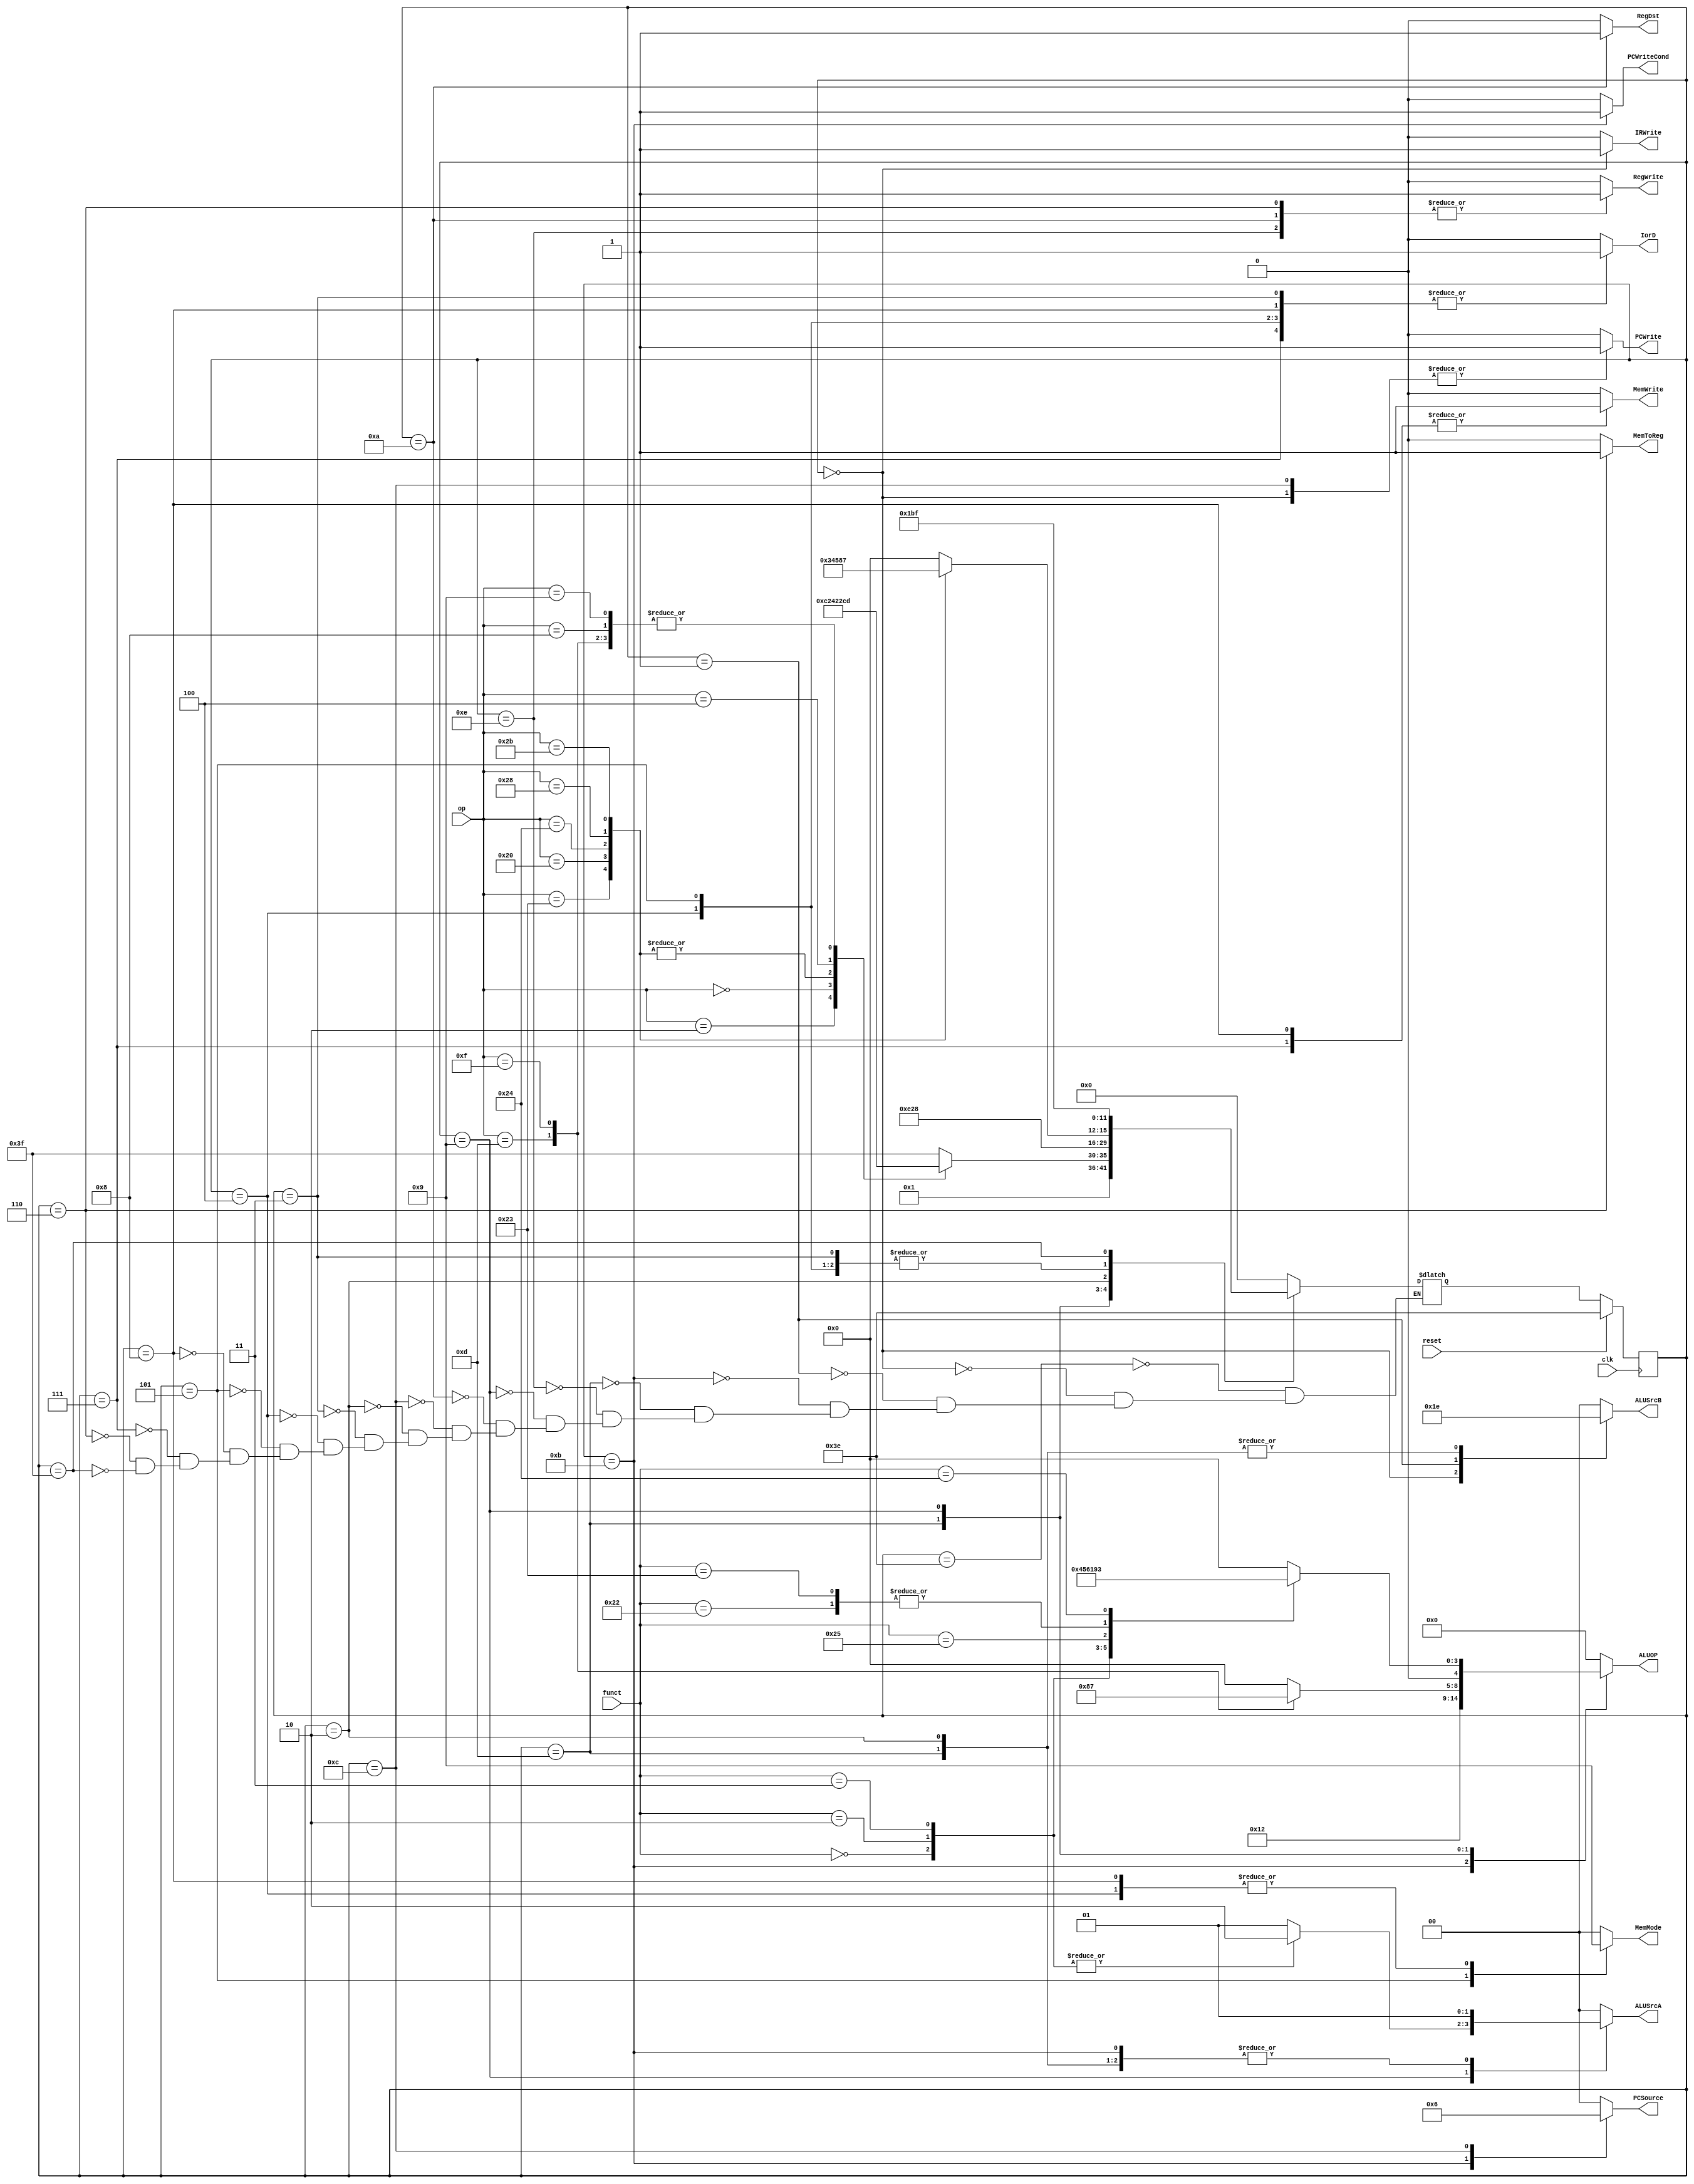
module controller (
    input clk, reset,
    // ========= Data from Datapath =========
    input [5      : 0] op,
    input [5      : 0] funct,
    // ========= Signal to Memory =========
    output reg [0 : 0] MemWrite,
    // Word or Byte
    // 2'b00: Word
    // 2'b01: Signed Byte
    // 2'b10: Unsigned Byte
    output reg [1 : 0] MemMode,
    // ========= Signal to Datapath =========
    output reg [0 : 0] PCWriteCond, PCWrite,
    output reg [1 : 0] PCSource,
    output reg [0 : 0] IorD,
    output reg [0 : 0] MemToReg,
    output reg [0 : 0] IRWrite,
    output reg [0 : 0] RegWrite, RegDst,
    output reg [1 : 0] ALUSrcA, ALUSrcB,
    // ========= Signal to Datapath =========
    output reg [4 : 0] ALUOP
    );

    // Runtime States
    reg [5:0] state, nextState;

    // States
    parameter FETCH                  = 6'b000000;
    parameter DECODE                 = 6'b000001;
    parameter MEM_ADDR_COMPUTE       = 6'b000010;
    parameter MEM_READ_WORD          = 6'b000011;
    parameter MEM_READ_SIGNED_BYTE   = 6'b000100;
    parameter MEM_READ_UNSIGNED_BYTE = 6'b000101;
    parameter MEM_WRITE_BACK_TO_REG  = 6'b000110;
    parameter MEM_WRITE_WORD         = 6'b000111;
    parameter MEM_WRITE_BYTE         = 6'b001000;
    parameter RTYPE_EXCUTION         = 6'b001001;
    parameter RTYPE_COMPLETION       = 6'b001010;
    parameter BRANCH_COMPLETION      = 6'b001011;
    parameter JUMP_COMPLETION        = 6'b001100;
    parameter IMM_EXCUTION           = 6'b001101;
    parameter IMM_COMPLETION         = 6'b001110;
    parameter RESET                  = 6'b111110;
    parameter HALT                   = 6'b111111;

    // OP
    parameter LW    = 6'b100011;  // test passed
    parameter LB    = 6'b100000;  // test passed
    parameter LBU   = 6'b100100;  // test passed
    parameter J     = 6'b000010;  // test passed
    parameter RTYPE = 6'b000000;
    parameter SB    = 6'b101000;  // test passed?
    parameter SW    = 6'b101011;  // test passed
    parameter ORI   = 6'b001101;  // test passed
    parameter LUI   = 6'b001111;  // test passed
    parameter BEQ   = 6'b000100;  // test passed
    parameter ADDI  = 6'b001000;  // test passed
    parameter ADDIU = 6'b001001;  // test passed

    // funct
    parameter SLL   = 6'b000000;  // test passed
    parameter SRL   = 6'b000010;  // test passed
    parameter SRA   = 6'b000011;  // test passed
    parameter OR    = 6'b100101;  // test passed
    parameter ADDU  = 6'b100001;  // test passed
    parameter ADD   = 6'b100000;  // test passed
    parameter SUB   = 6'b100010;  // test passed
    parameter SUBU  = 6'b100011;  // test passed
    parameter AND   = 6'b100100;  // test passed

    always @ (posedge clk) begin
        // $display("[controller] time: %h, state: %b, MemWrite: %b, MemMode: %b, PCWriteCond: %b, PCWrite: %b, PCSource: %b, IorD: %b, MemToReg: %b, IRWrite: %b, RegWrite: %b, RegDst: %b, ALUSrcA: %b, ALUSrcB: %b, ALUOP: %b", $time, state, MemWrite, MemMode, PCWriteCond, PCWrite, PCSource, IorD, MemToReg, IRWrite, RegWrite, RegDst, ALUSrcA, ALUSrcB, ALUOP);
        if (reset) state <= RESET;
        else state <= nextState;
    end

    always @ ( * ) begin
        MemWrite    <= 1'b0;
        MemMode     <= 2'b00;
        PCWriteCond <= 1'b0;
        PCWrite     <= 1'b0;
        PCSource    <= 2'b00;
        IorD        <= 1'b0;
        MemToReg    <= 1'b0;
        IRWrite     <= 1'b0;
        RegWrite    <= 1'b0;
        RegDst      <= 0;
        ALUSrcA     <= 2'b0;
        ALUSrcB     <= 2'b0;
        ALUOP       <= 5'b0;
        case (state)
            RESET: begin
                $display("[controller] time: %h, current State: RESET", $time);
                nextState <= FETCH;
            end
            FETCH: begin
                $display("[controller] time: %h, current State: FETCH", $time);
                IRWrite   <= 1;
                ALUSrcB   <= 2'b01;
                PCWrite   <= 1;
                nextState <= DECODE;
            end
            DECODE: begin
                $display("[controller] time: %h, current State: DECODE", $time);
                ALUSrcB <= 2'b11;
                case (op)
                    LW: nextState      <= MEM_ADDR_COMPUTE;
                    LB: nextState      <= MEM_ADDR_COMPUTE;
                    LBU: nextState     <= MEM_ADDR_COMPUTE;
                    J: nextState       <= JUMP_COMPLETION;
                    RTYPE: nextState   <= RTYPE_EXCUTION;
                    SB: nextState      <= MEM_ADDR_COMPUTE;
                    SW: nextState      <= MEM_ADDR_COMPUTE;
                    ORI: nextState     <= IMM_EXCUTION;
                    LUI: nextState     <= IMM_EXCUTION;
                    BEQ: nextState     <= BRANCH_COMPLETION;
                    ADDI: nextState    <= IMM_EXCUTION;
                    ADDIU: nextState   <= IMM_EXCUTION;
                    AND: nextState     <= RTYPE_EXCUTION;
                    default: nextState <= HALT;
                endcase
            end
            BRANCH_COMPLETION: begin
                $display("[controller] time: %h, current State: BRANCH_COMPLETION", $time);
                ALUSrcA     <= 2'b01;
                ALUOP       <= 5'b01001;
                PCSource    <= 2'b01;
                PCWriteCond <= 1;
                nextState   <= FETCH;
            end
            IMM_EXCUTION: begin
                $display("[controller] time: %h, current State: IMM_EXCUTION", $time);
                ALUSrcA   <= 2'b01;
                ALUSrcB   <= 2'b10;
                case (op)
                    ORI: ALUOP <= 5'b01000;
                    LUI: ALUOP <= 5'b00111;
                endcase
                nextState <= IMM_COMPLETION;
            end
            IMM_COMPLETION: begin
                $display("[controller] time: %h, current State: IMM_COMPLETION", $time);
                RegWrite  <= 1;
                nextState <= FETCH;
            end
            RTYPE_EXCUTION: begin
                $display("[controller] time: %h, current State: RTYPE_EXCUTION", $time);
                case (funct)
                    SLL: ALUSrcA     <= 2'b10;
                    SRL: ALUSrcA     <= 2'b10;
                    SRA: ALUSrcA     <= 2'b10;
                    default: ALUSrcA <= 2'b01;
                endcase
                ALUSrcB   <= 2'b00;
                case (funct)
                    SLL: ALUOP  <= 5'b00100;
                    SRL: ALUOP  <= 5'b00101;
                    SRA: ALUOP  <= 5'b00110;
                    OR : ALUOP  <= 5'b00001;
                    ADDU: ALUOP <= 5'b00000;
                    ADD: ALUOP  <= 5'b00000;
                    SUB: ALUOP  <= 5'b01001;
                    SUBU: ALUOP <= 5'b01001;
                    AND: ALUOP  <= 5'b00011;
                endcase
                nextState <= RTYPE_COMPLETION;
            end
            RTYPE_COMPLETION: begin
                $display("[controller] time: %h, current State: RTYPE_COMPLETION", $time);
                RegDst    <= 1;
                RegWrite  <= 1;
                MemToReg  <= 0;
                nextState <= FETCH;
            end
            JUMP_COMPLETION: begin
                $display("[controller] time: %h, current State: JUMP_COMPLETION", $time);
                PCWrite   <= 1;
                PCSource  <= 2'b10;
                nextState <= FETCH;
            end
            MEM_ADDR_COMPUTE: begin
                $display("[controller] time: %h, current State: MEM_ADDR_COMPUTE", $time);
                ALUSrcA <= 2'b01;
                ALUSrcB <= 2'b10;
                case (op)
                    LW: nextState      <= MEM_READ_WORD;
                    LB: nextState      <= MEM_READ_SIGNED_BYTE;
                    LBU: nextState     <= MEM_READ_UNSIGNED_BYTE;
                    SB: nextState      <= MEM_WRITE_BYTE;
                    SW: nextState      <= MEM_WRITE_WORD;
                    default: nextState <= FETCH;
                endcase
            end
            MEM_READ_WORD: begin
                $display("[controller] time: %h, current State: MEM_READ_WORD", $time);
                IorD      <= 1;
                nextState <= MEM_WRITE_BACK_TO_REG;
            end
            MEM_READ_SIGNED_BYTE: begin
                $display("[controller] time: %h, current State: MEM_READ_SIGNED_BYTE", $time);
                MemMode   <= 2'b01;
                IorD      <= 1;
                nextState <= MEM_WRITE_BACK_TO_REG;
            end
            MEM_READ_UNSIGNED_BYTE: begin
                $display("[controller] time: %h, current State: MEM_READ_UNSIGNED_BYTE", $time);
                MemMode   <= 2'b10;
                IorD      <= 1;
                nextState <= MEM_WRITE_BACK_TO_REG;
            end
            MEM_WRITE_BYTE: begin
                $display("[controller] time: %h, current State: MEM_WRITE_BYTE", $time);
                MemWrite  <= 1;
                IorD      <= 1;
                MemMode   <= 2'b01;
                nextState <= FETCH;
            end
            MEM_WRITE_WORD: begin
                $display("[controller] time: %h, current State: MEM_WRITE_WORD", $time);
                MemWrite  <= 1;
                IorD      <= 1;
                MemMode   <= 2'b00;
                nextState <= FETCH;
            end
            MEM_WRITE_BACK_TO_REG: begin
                $display("[controller] time: %h, current State: MEM_WRITE_BACK_TO_REG", $time);
                MemToReg  <= 1;
                RegWrite  <= 1;
                RegDst    <= 0;
                nextState <= FETCH;
            end
            HALT: begin
                $display("SYSTEM HALT!");
                nextState <= HALT;
            end
        endcase
    end

endmodule // controller